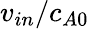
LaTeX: v_{in}/c_{A0}